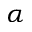
\alpha